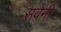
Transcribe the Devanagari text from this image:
सवेनी